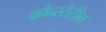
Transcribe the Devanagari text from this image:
कौन्स्टेटीन